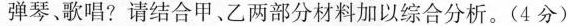
弹琴、歌唱?请结合甲、乙两部分材料加以综合分析。(4分)